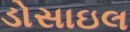
ડોસાઇલ